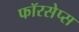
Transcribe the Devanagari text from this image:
फॉरसेप्स